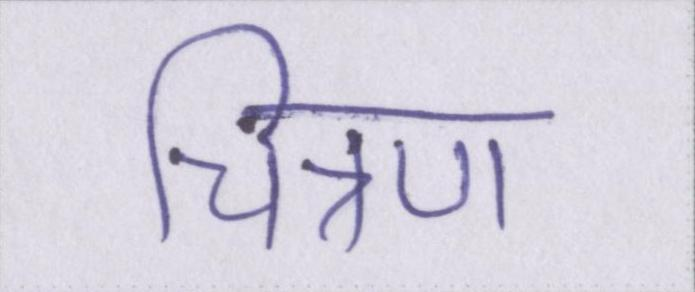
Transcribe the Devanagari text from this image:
चित्रण